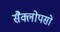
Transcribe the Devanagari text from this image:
सैक्लोपसो